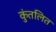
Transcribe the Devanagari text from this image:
कुंतलित